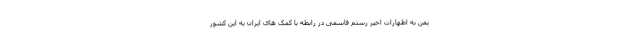
یمن به اظهارات اخیر رستم قاسمی در رابطه با کمک های ایران به این کشور